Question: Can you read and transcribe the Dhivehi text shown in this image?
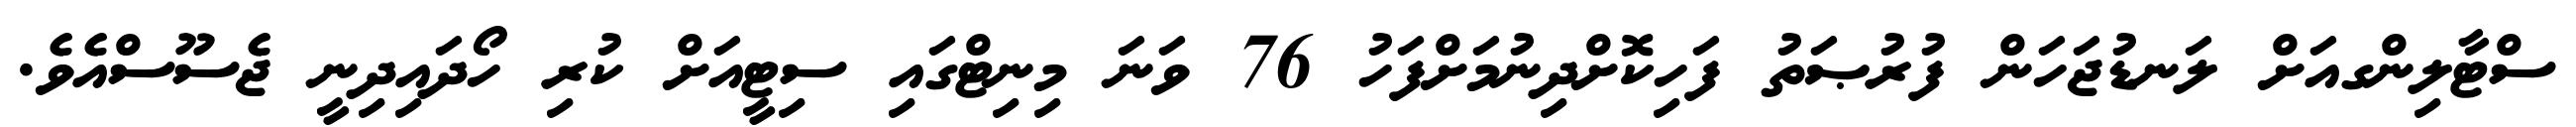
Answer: ސްޓާލިންގއަށް ލަނޑުޖަހަން ފުރުޞަތު ފަހިކޮށްދިނުމަށްފަހު 76 ވަނަ މިނިޓްގައި ސިޓީއަށް ކުރި ހޯދައިދިނީ ޖެސޫސްއެވެ.